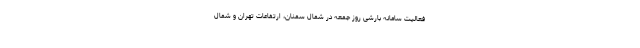
فعالیت سامانه بارشی روز جمعه در شمال سمنان، ارتفاعات تهران و شمال